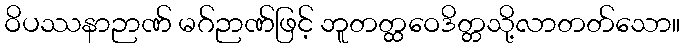
ဝိပဿနာဉာဏ် မဂ်ဉာဏ်ဖြင့် ဘူတတ္ထဝေဒိတ္တသို့လာတတ်သော။